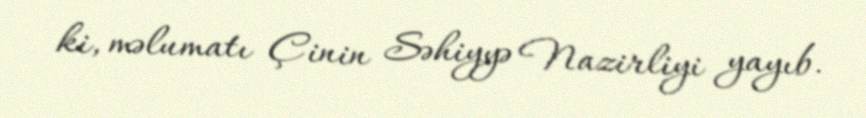
ki, məlumatı Çinin Səhiyyə Nazirliyi yayıb.